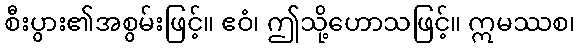
စီးပွား၏အစွမ်းဖြင့်။ ဧဝံ၊ ဤသို့ဟောသဖြင့်။ ဣမဿစ၊